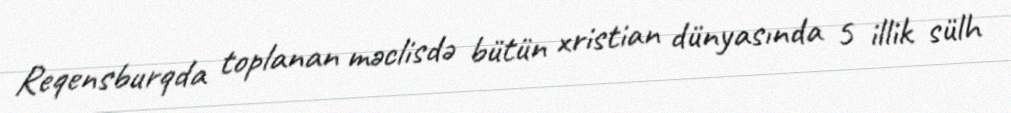
Reqensburqda toplanan məclisdə bütün xristian dünyasında 5 illik sülh